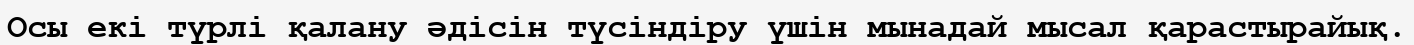
Осы екі түрлі қалану әдісін түсіндіру үшін мынадай мысал қарастырайық.